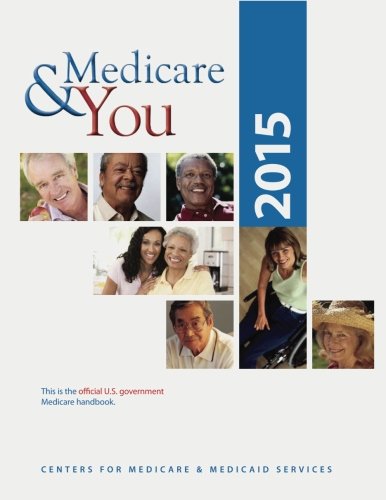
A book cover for Medicare & You 2015; Centers for Medicare & Medicaid Services; Medical Books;